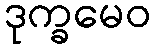
ဒုက္ခမေဝ